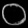
Digit: ၀